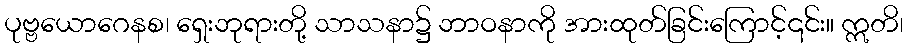
ပုဗ္ဗယောဂေနစ၊ ရှေးဘုရားတို့ သာသနာ၌ ဘာဝနာကို အားထုတ်ခြင်းကြောင့်၎င်း။ ဣတိ၊